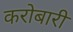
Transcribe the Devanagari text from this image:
करोबारी